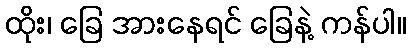
ထိုး၊ ခြေ အားနေရင် ခြေနဲ့ ကန်ပါ။